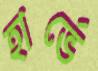
হার্ভে